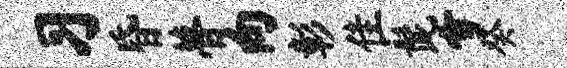
习昏瞢向彰隹髭雪癸